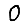
Digit: 0